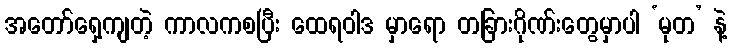
အတော်ရှေ့ကျတဲ့ ကာလကစပြီး ထေရဝါဒ မှာရော တခြားဂိုဏ်းတွေမှာပါ ‘မုတ’ နဲ့